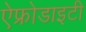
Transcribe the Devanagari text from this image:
ऐफ्रोडाइटी